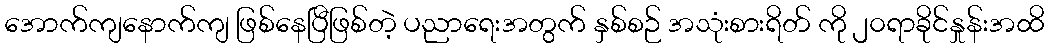
အောက်ကျနောက်ကျ ဖြစ်နေပြီဖြစ်တဲ့ ပညာရေးအတွက် နှစ်စဉ် အသုံးစားရိတ် ကို ၂၀ရာခိုင်နှုန်းအထိ